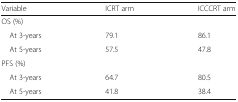
| Variable | ICRT arm | ICCCRT arm |
 | --- | --- | --- |
 | <COLSPAN=3> OS (%) |
 | At 3-years | 79.1 | 86.1 |
 | At 5-years | 57.5 | 47.8 |
 | <COLSPAN=3> PFS (%) |
 | At 3-years | 64.7 | 80.5 |
 | At 5-years | 41.8 | 38.4 |